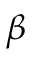
\beta